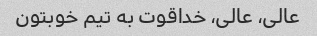
عالی، عالی، خداقوت به تیم خوبتون